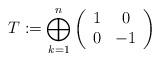
LaTeX: \begin{align*}T := \bigoplus_{k=1}^n\left( \begin{array}{cc} 1 & 0 \\ 0 & -1 \\ \end{array} \right)\end{align*}